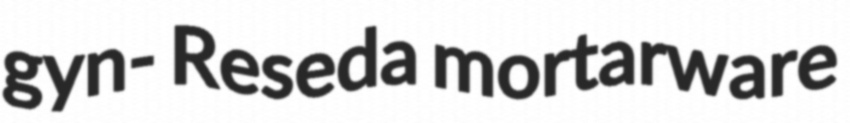
gyn- Reseda mortarware